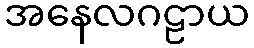
အနေလဂဠာယ